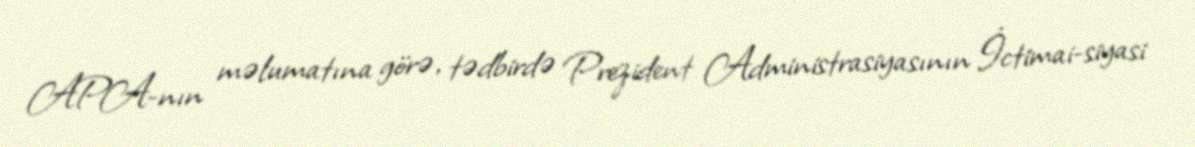
APA-nın məlumatına görə, tədbirdə Prezident Administrasiyasının İctimai-siyasi